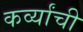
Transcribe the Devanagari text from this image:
कर्व्यांची